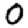
Digit: 0